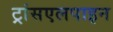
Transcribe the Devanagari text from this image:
ट्रांसएलपाइन